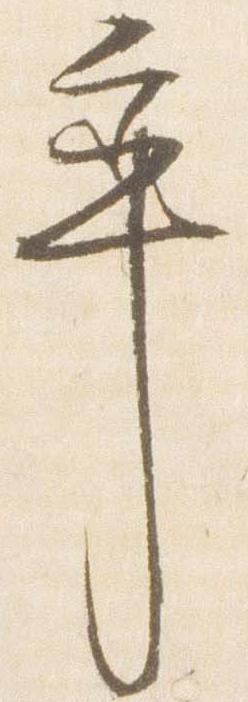
率